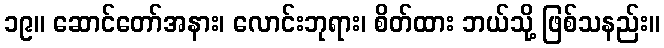
၁၉။ ဆောင်တော်အနား၊ လောင်းဘုရား၊ စိတ်ထား ဘယ်သို့ ဖြစ်သနည်း။